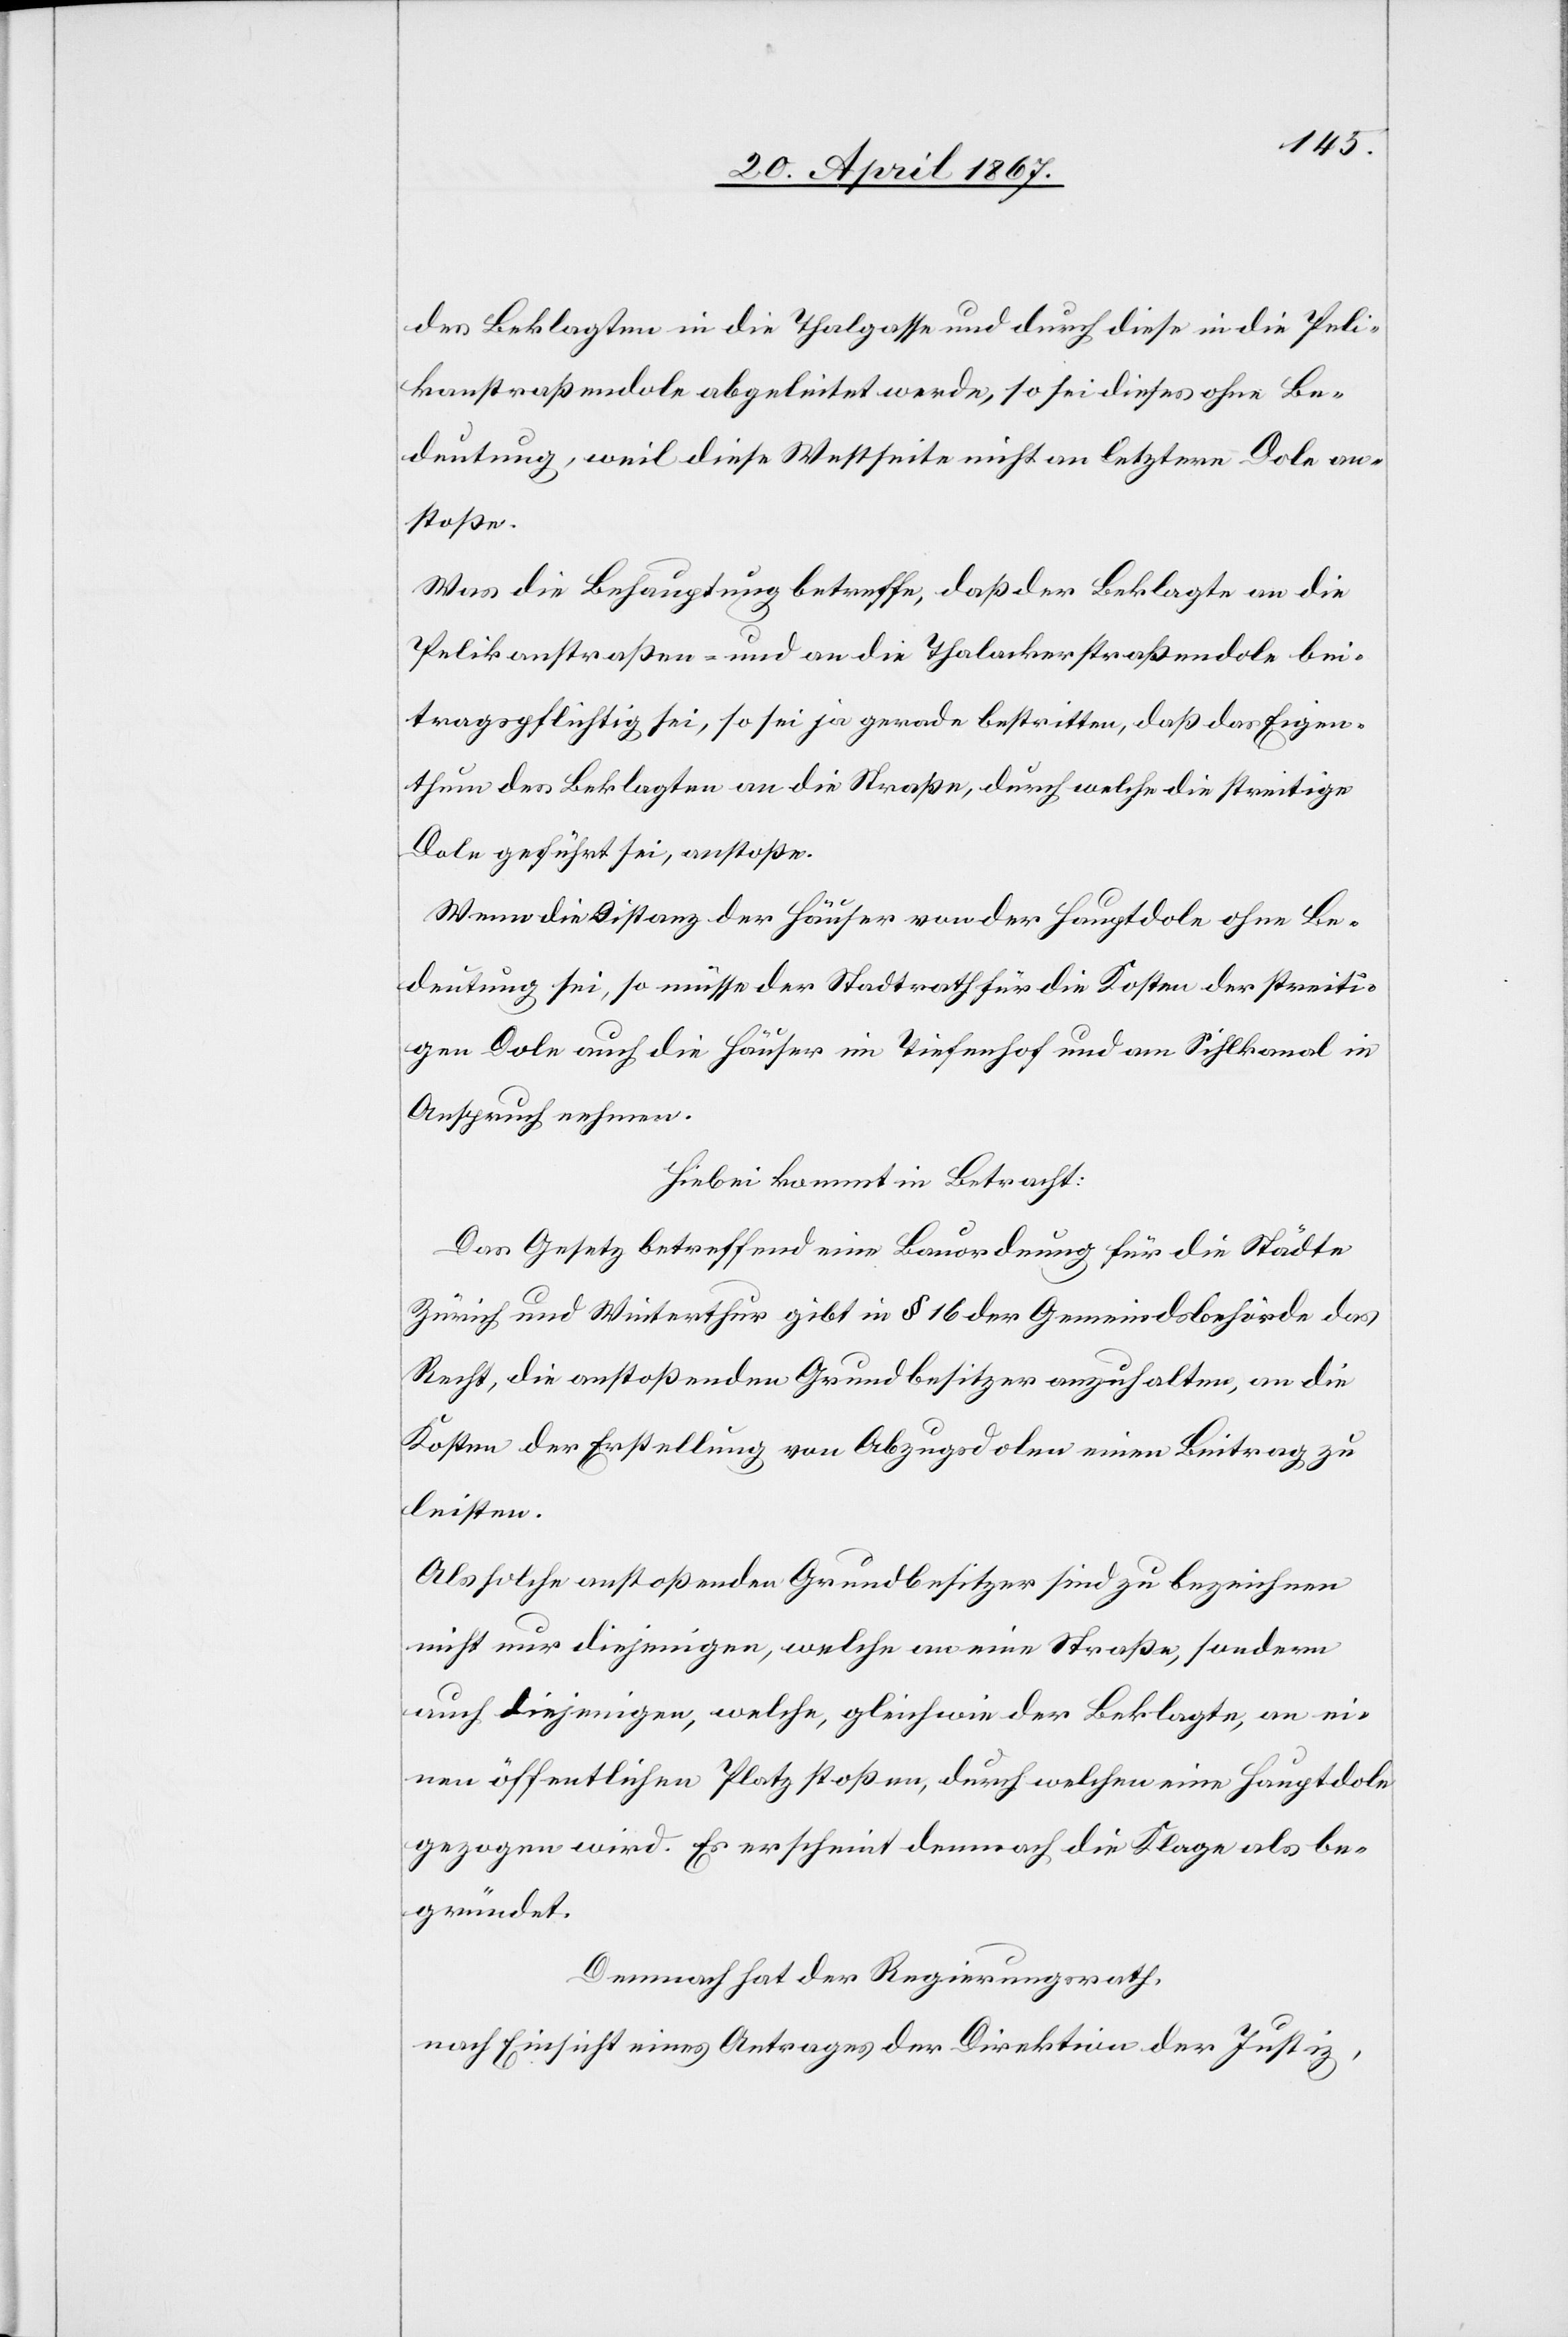
des Beklagten in die Thalgasse und durch diese in die Peli¬
kanstraßendole abgeleitet werde, so sei dieses ohne Be¬
deutung, weil diese Westseite nicht an letztere Dole an¬
stoße.
Was die Behauptung betreffe, daß der Beklagte an die
Pelikanstraßen- und an die Thalackerstraßendole bei¬
tragspflichtig sei, so sei ja gerade bestritten, daß das Eigen¬
thum des Beklagten an die Straße, durch welche die streitige
Dole geführt sei, anstoße.
Wenn die Distanz der Häuser von der Hauptdole ohne Be¬
deutung sei, so müsse der Stadtrath für die Kosten der streiti¬
gen Dole auch die Häuser im Tiefenhof und am Sihlkanal in
Anspruch nehmen.
Hiebei kommt in Betracht:
Das Gesetz betreffend eine Bauordnung für die Städte
Zürich und Winterthur gibt in § 16 der Gemeindsbehörde das
Recht, die anstoßenden Grundbesitzer anzuhalten, an die
Kosten der Erstellung von Abzugsdolen einen Beitrag zu
leisten.
Als solche anstoßenden Grundbesitzer sind zu bezeichnen
nicht nur diejenigen, welche an eine Straße, sondern
auch diejenigen, welche, gleich wie der Beklagte, an ei¬
nen öffentlichen Platz stoßen, durch welchen eine Hauptdole
gezogen wird. Es erscheint demnach die Klage als be¬
gründet.
Demnach hat der Regierungsrath,
nach Einsicht eines Antrages der Direktion der Justiz,